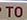
to